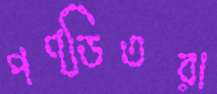
পণ্ডিতরা